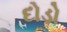
દોડો